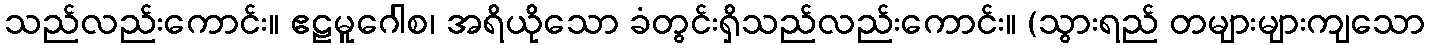
သည်လည်းကောင်း။ ဧဠမူဂေါစ၊ အရိယိုသော ခံတွင်းရှိသည်လည်းကောင်း။ (သွားရည် တများများကျသော